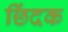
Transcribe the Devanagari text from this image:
छिंदक